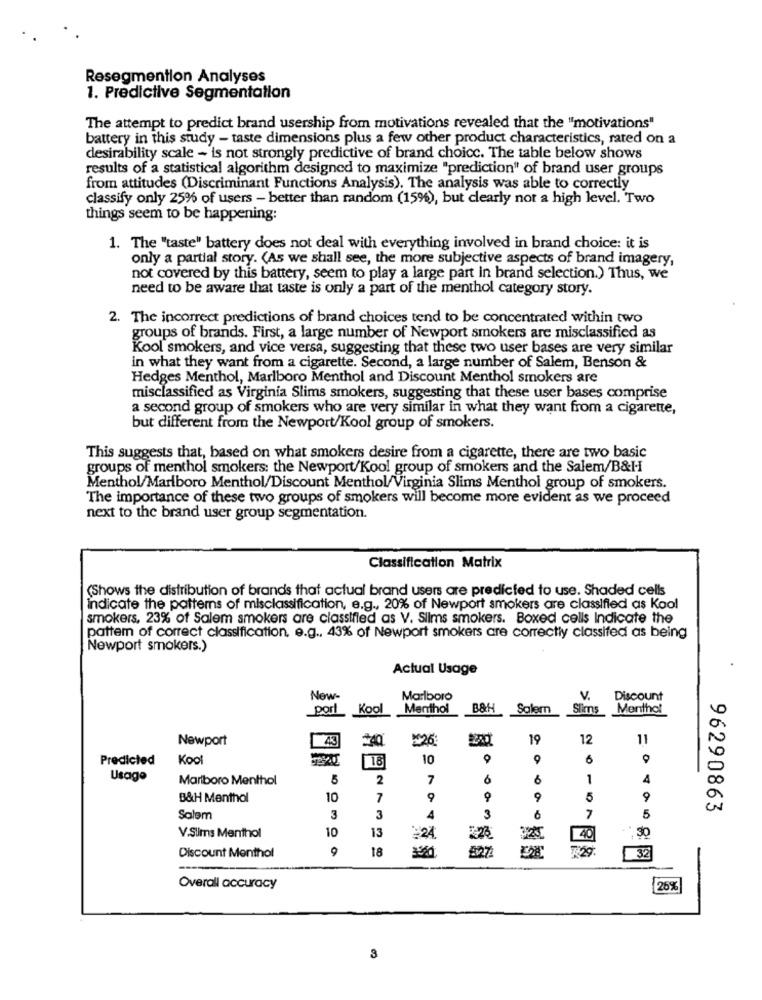
Resegmention Analyses
1. Predictive Segmentation
The attempt to predict brand usership from motivations revealed that the "motivations"
battery in this study - taste dimensions plus a few other product characteristics, rated on a
desirability scale - is not strongly predictive of brand choice. The table below shows
results of a statistical algorithm designed to maximize "prediction" of brand user groups
from attitudes (Discriminant Functions Analysis). The analysis was able to correctly
classify only 25% of users - better than random (15%), but clearly not a high level. Two
things seem to be happening:
1. The "taste" battery does not deal with everything involved in brand choice: it is
only a partial story. (As we shall see, the more subjective aspects of brand imagery,
not covered by this battery, seem to play a large part in brand selection.) Thus, we
need to be aware that taste is only a part of the menthol category story.
2. The incorrect predictions of brand choices tend to be concentrated within two
groups of brands. First, a large number of Newport smokers are misclassified as
Kool smokers, and vice versa, suggesting that these two user bases are very similar
in what they want from a cigarette. Second, a large number of Salem, Benson &
Hedges Menthol, Marlboro Menthol and Discount Menthol smokers are
misclassified as Virginia Slims smokers, suggesting that these user bases comprise
a second group of smokers who are very similar in what they want from a cigarette,
but different from the Newport/Kool group of smokers.
This suggests that, based on what smokers desire from a cigarette, there are two basic
groups of menthol smokers: the Newport/Kool group of smokers and the Salem/B&H
Menthol/Marlboro Menthol/Discount Menthol/Virginia Slims Menthol group of smokers.
The importance of these two groups of smokers will become more evident as we proceed
next to the brand user group segmentation.
Classification Matrix
(Shows the distribution of brands that actual brand users are predicted to use. Shaded cells
indicate the patterns of misclassification, e.g ., 20% of Newport smokers are classified as Kool
smokers, 23% of Salem smokers are classified as V. Slims smokers. Boxed cells Indicate the
pattem of correct classification, e.g ., 43% of Newport smokers are correctly classifed as being
Newport smokers.)
Actual Usage
New-
Marlboro
V.
Discount
port
Kool
Menthol
B&H Salem
Sims
Menthol
Newport
¥26
19
12
11
Predicted
Kool
18
10
0
6
0
Usage
Marlboro Menthol
5
2
7
6
1
4
B&H Menthol
10
7
9
5
9
96290863
Salem
3
3
A
3
6
5
V.Slims Menthol
10
13
P.26
30
224
40
Discount Menthol
18
32
Overall accuracy
26%
3